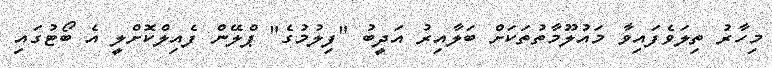
މިހާރު ތިލަވެފައިވާ މައުލޫމާތުތަކަށް ބަލާއިރު އަދީބު "ފިލުމުގެ" ޕްލޭން ފެއިލްކޮށްލީ އެ ބޯޓުގައި